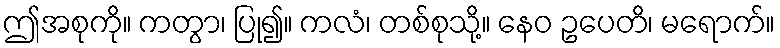
ဤအစုကို။ ကတွာ၊ ပြု၍။ ကလံ၊ တစ်စုသို့။ နေဝ ဥပေတိ၊ မရောက်။